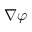
\boldsymbol { \nabla } \varphi